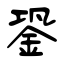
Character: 銎